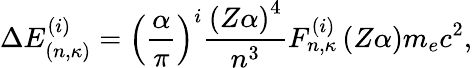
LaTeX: \Delta E_{(n,\kappa)}^{(i)}=\left(\frac{\alpha}{\pi}\right)^{i}\frac{\left(Z\alpha\right)^{4}}{n^{3}}F_{n,\kappa}^{(i)}\left(Z\alpha\right)m_{e}c^{2},